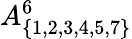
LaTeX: A_{\{ 1,2,3,4,5,7\} }^{6}